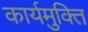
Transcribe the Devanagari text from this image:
कार्यमुक्ति